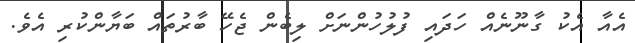
އެއާ އެކު ގާނޫނެއް ހަދައި ފުލުހުންނަށް ލިބެން ޖެހޭ ބާރުތައް ބަޔާންކުރި އެވެ.